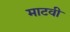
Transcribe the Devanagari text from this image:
माटवी